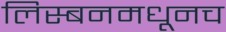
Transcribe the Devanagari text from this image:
लिस्बनमधूनच